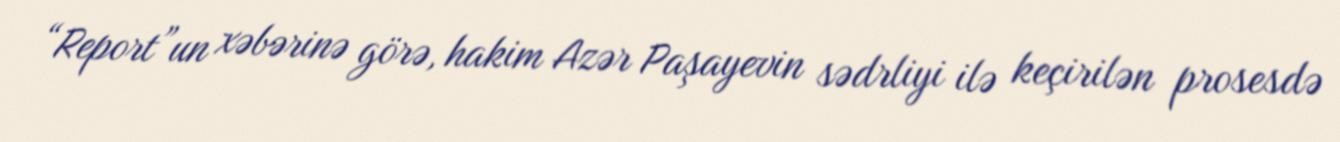
“Report”un xəbərinə görə, hakim Azər Paşayevin sədrliyi ilə keçirilən prosesdə